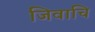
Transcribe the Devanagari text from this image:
जिवाचि